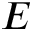
E